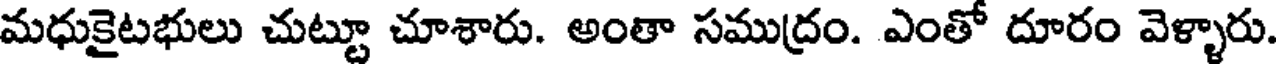
మధుకైటభులు చుట్టూ చూశారు. అంతా సముద్రం. ఎంతో దూరం వెళ్ళారు.